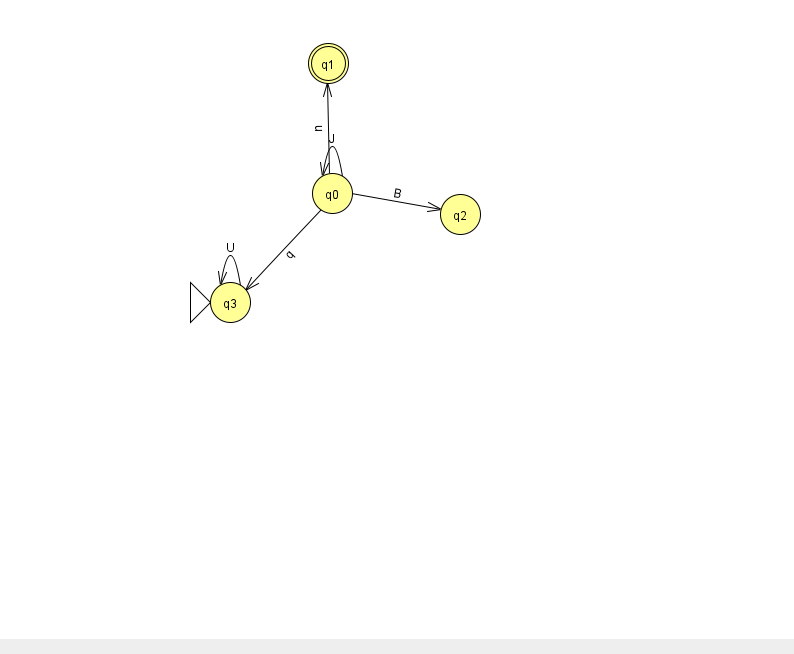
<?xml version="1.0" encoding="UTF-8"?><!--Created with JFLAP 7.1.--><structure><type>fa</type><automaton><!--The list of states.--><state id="0" name="q0"><x>332.0</x><y>180.0</y></state><state id="1" name="q1"><x>328.0</x><y>50.0</y><final/></state><state id="2" name="q2"><x>460.0</x><y>201.0</y></state><state id="3" name="q3"><x>230.0</x><y>289.0</y><initial/></state><!--The list of transitions.--><transition><from>3</from><to>3</to><read>U</read></transition><transition><from>0</from><to>3</to><read>q</read></transition><transition><from>0</from><to>1</to><read>u</read></transition><transition><from>0</from><to>0</to><read>J</read></transition><transition><from>0</from><to>2</to><read>B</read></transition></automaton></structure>